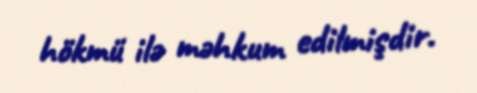
hökmü ilə məhkum edilmişdir.